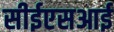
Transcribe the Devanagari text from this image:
सीईएसआई